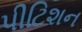
પીટિશન